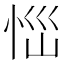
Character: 𢙉